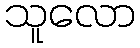
သူလော